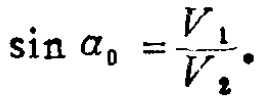
\(\sin \alpha _{0}=\frac{V_{1}}{V_{2}}.\)